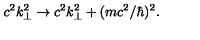
c ^ { 2 } k _ { \perp } ^ { 2 } \to c ^ { 2 } k _ { \perp } ^ { 2 } + ( m c ^ { 2 } / \hbar ) ^ { 2 } .